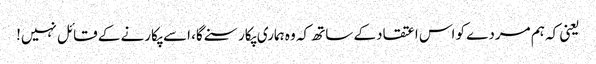
یعنی کہ ہم مردے کو اس اعتقاد کے ساتھ کہ وہ ہماری پکار سنے گا، اسے پکارنے کے قائل نہیں!